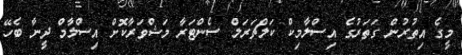
މީގެ އިތުރުން ގަތަރުގެ އިސްލާމިކް ކަލްޗަރަލް ސެންޓަރާ މަޝްވަރާކޮށް އިސްލާމް ދީނާ ބެހޭ